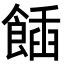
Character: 𩝟